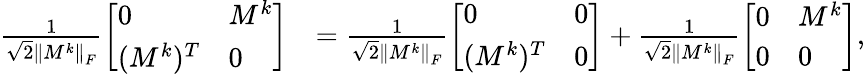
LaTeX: \begin{array}{rl}{\frac{1}{\sqrt{2}\left\| M^{k}\right\| _{F}}\left[\begin{array}{ll}{0}&{M^{k}}\\ {(M^{k})^{T}}&{0}\end{array}\right]}&{=\frac{1}{\sqrt{2}\left\| M^{k}\right\| _{F}}\left[\begin{array}{ll}{0}&{0}\\ {(M^{k})^{T}}&{0}\end{array}\right]+\frac{1}{\sqrt{2}\left\| M^{k}\right\| _{F}}\left[\begin{array}{ll}{0}&{M^{k}}\\ {0}&{0}\end{array}\right],}\end{array}